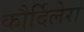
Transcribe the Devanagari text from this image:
कौर्दिलेरा